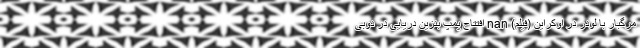
مرگبار با لودر در اوکراین (فیلم) nan افتتاح پمپ بنزین دریایی در دوبی